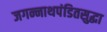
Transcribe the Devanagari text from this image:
जगन्नाथपंडितसुद्धा